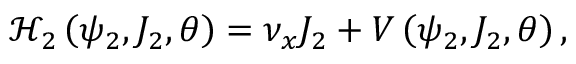
\mathcal { H } _ { 2 } \left( \psi _ { 2 } , J _ { 2 } , \theta \right) = \nu _ { x } J _ { 2 } + V \left( \psi _ { 2 } , J _ { 2 } , \theta \right) ,